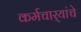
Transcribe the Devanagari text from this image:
कर्मचार्‍यांचे